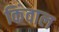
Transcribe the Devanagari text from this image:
किंवाल